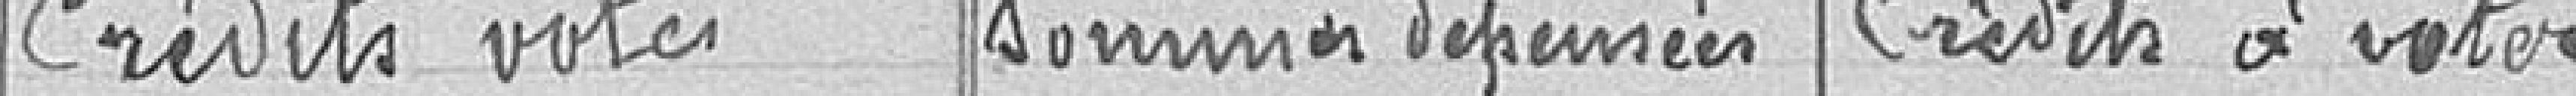
Crédits votés  Sommes dépensées    Crédits à voter